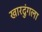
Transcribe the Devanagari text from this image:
खारदुंगला